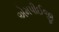
એમપીઈજી